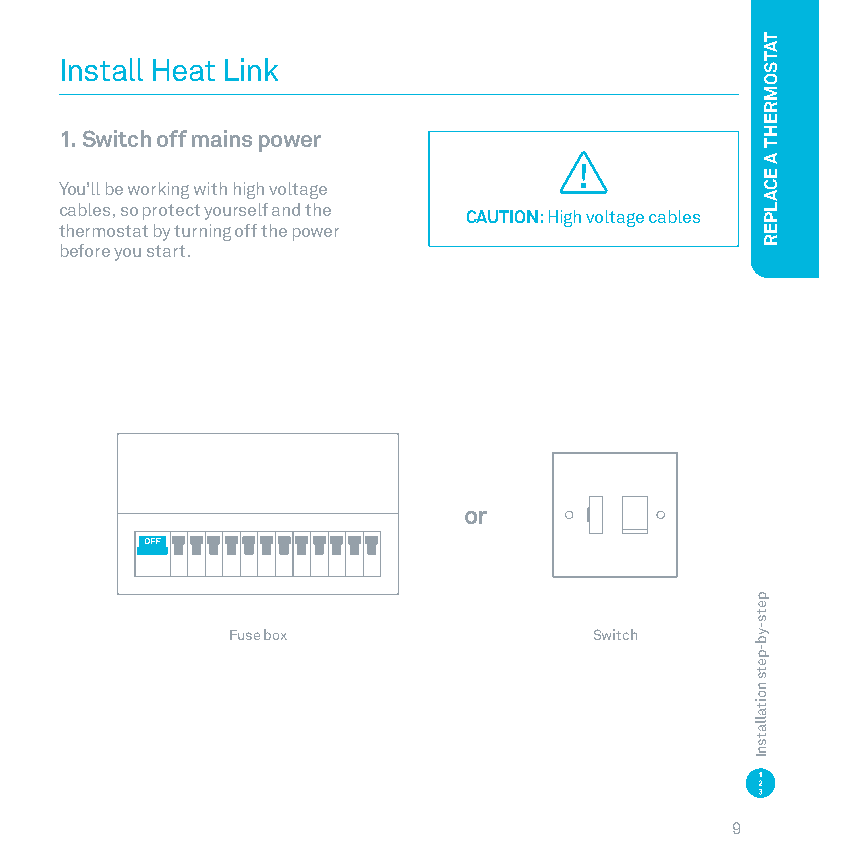
Install Heat Link
 1. Switch off mains power
 You’ll be working with high voltage
 cables, so protect yourself and the
 CAUTION: High voltage cables
 thermostat by turning off the power
 before you start
 or
 Fuse box                Switch
 9
 pets-yb-pets
 noitallatsnI
 TATSOMREHT
 A
 ECALPER